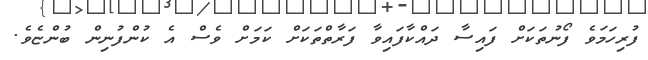
ފުރިހަމަވެ ފޯނުތަކަށް ފައިސާ ދައްކާފައިވާ ފަރާތްތަކަށް ކަމަށް ވެސް އެ ކުންފުނިން ބުންޏެވެ.